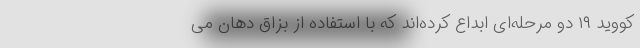
کووید ۱۹ دو مرحله‌ای ابداع کرده‌اند که با استفاده از بزاق دهان می